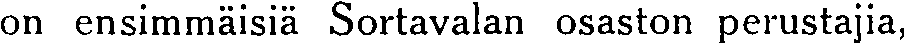
on ensimmäisiä Sortavalan osaston perustajia,